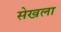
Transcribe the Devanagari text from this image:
सेखला